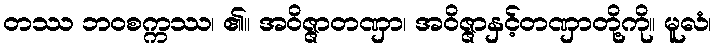
တဿ ဘဝစက္ကဿ၊ ၏။ အဝိဇ္ဇာတဏှာ၊ အဝိဇ္ဇာနှင့်တဏှာတို့ကို။ မူလံ၊